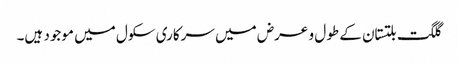
گلگت بلتستان کے طول و عرض میں سرکاری سکول میں موجود ہیں۔